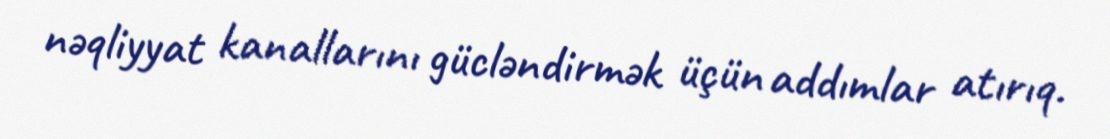
nəqliyyat kanallarını gücləndirmək üçün addımlar atırıq.